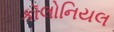
કૉલોનિયલ